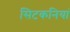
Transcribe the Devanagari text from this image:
सिटकनियां